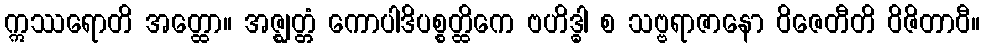
ဣဿရောတိ အတ္ထော။ အဇ္ဈတ္တံ ကောပါဒိပစ္စတ္ထိကေ ဗဟိဒ္ဓါ စ သဗ္ဗရာဇာနော ဝိဇေတီတိ ဝိဇိတာဝီ။